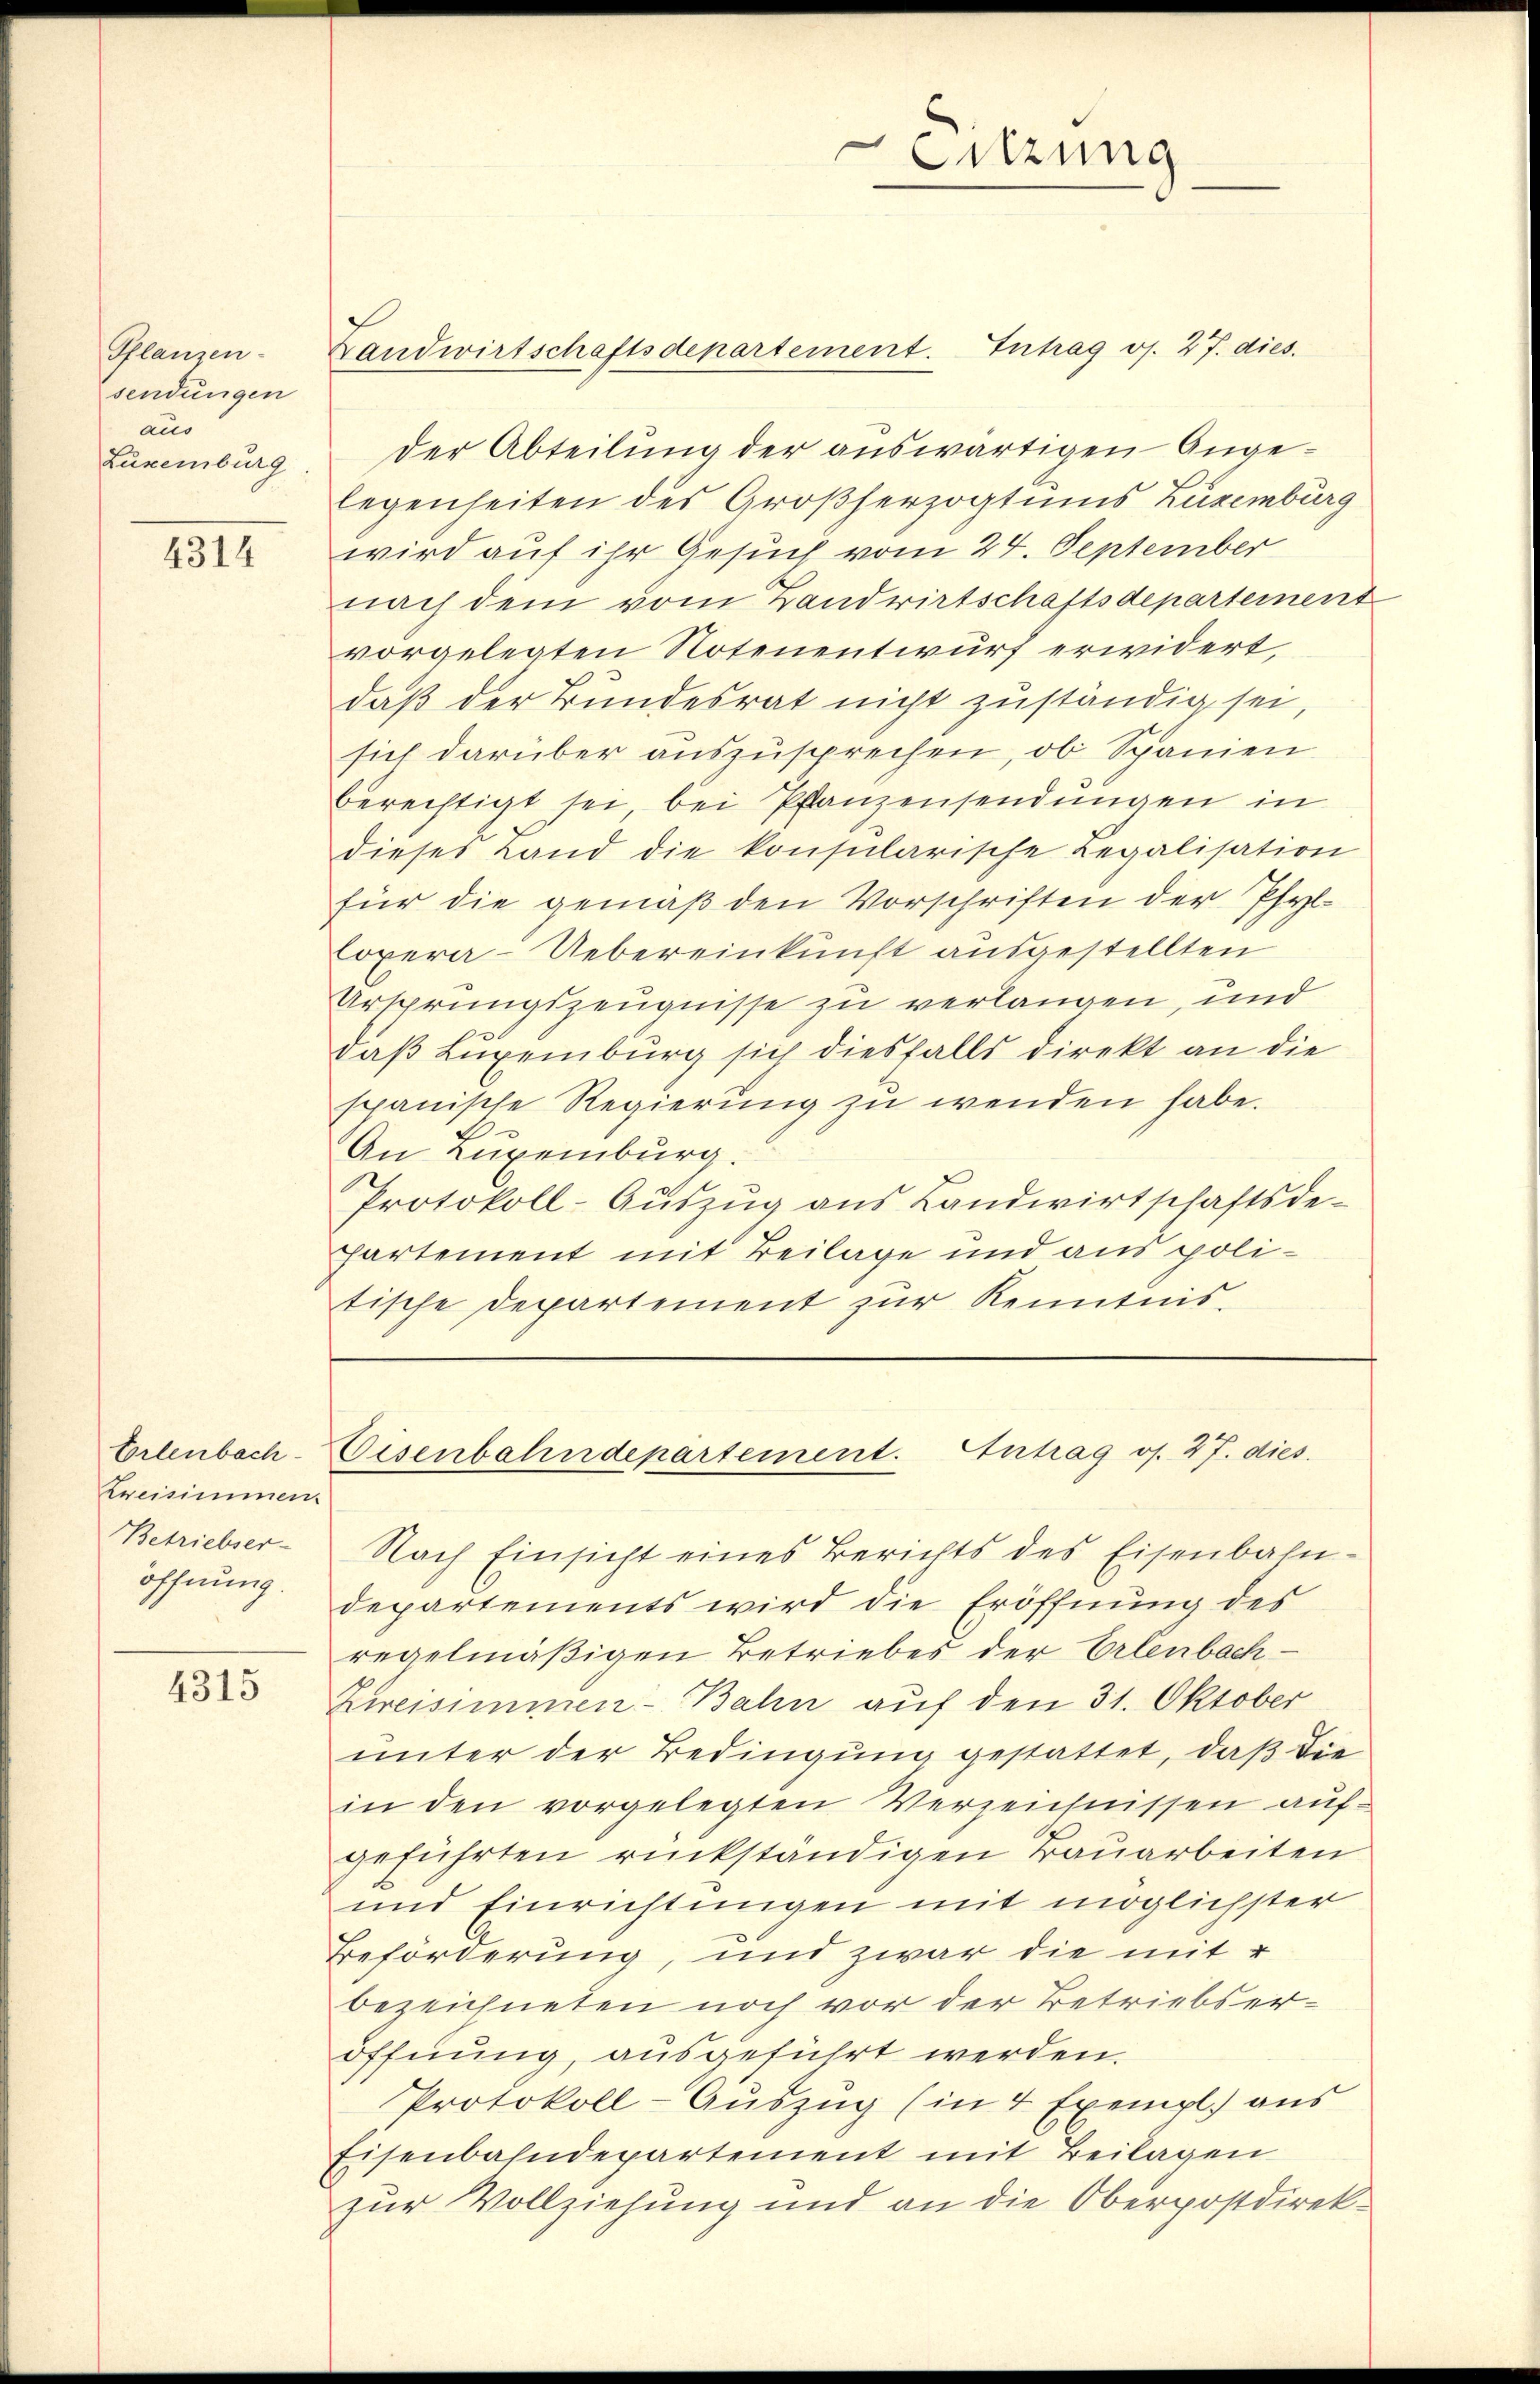
Pflanzen-
sendungen
aus
Zuxenburg

4314

Erlenbach
Kreisimmen.
Betriebser-
öffnung.

4315

der Abteilung der auswärtigen Angelegenheiten des Großherzogtums Luxenburg
wird auf ihr Gesuch vom 24. September
nach dem vom Landwirtschaftsdepartement
vorgelegten Notenentwurf erwidert,
daß der Bundesrat nicht zuständig sei,
sich darüber auszusprechen, ob Spanien
berechtigt sei bei Pfanzensendungen in
dieses Land die konsularische Legalisation
für die gemäß den Vorschriften der Pfyl-
Copera-Uebereinkunft ausgestellten
Ursprungszeugnisse zu verlangen, und
daß Luxenburg sich diesfalls direkt an die
spanische Regierung zu wenden habe.
t
An Luxenburg.
Protokoll-Aŭszŭg ans Landwirtschaftsde-
Partement mit Beilage und aus politische Departement zur Kenntnis.

Landwirtschaftsdepartement. Intrag oj. 27. dies

.
Sitzung
Li

Eisenbahndepartement. Antrag os. 27. dies

Nach Einsicht eines Berichts des Eisenbahn-
departements wird die Eröffnung des
regelmäßigen Betriebes der Erlenbach-
Zeisimmen-Bahn auf den 31. Oktober
unter der Bedingung gestattet, daß die
in den vorgelegten Verzeichnissen auf-
geführten rückständigen Bauarbeiten
und Einrichtungen mit möglichster
Beförderung, und zwar die mit
bezeichneten noch vor der Betriebseröffnung, ausgeführt werden.
Protokoll-Auszug (in 4 Exempl. aus
Eisenbahndepartement mit Beilagen
zur Vollziehung und an die Oberpostdirek¬